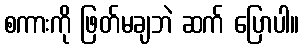
စကားကို ဖြတ်မချဘဲ ဆက် ပြောပါ။